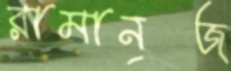
রামানুজ